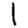
Digit: 1